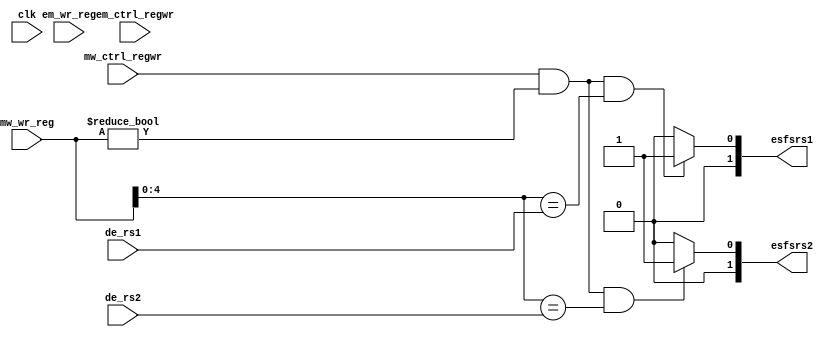
module fu(
input clk,
input em_ctrl_regwr,
input [5:0] em_wr_reg,
input mw_ctrl_regwr,
input [5:0] mw_wr_reg,
input [4:0] de_rs1,
input [4:0] de_rs2,

output [1:0] esfsrs1,
output [1:0] esfsrs2
);


reg [1:0] s1 = 2'd0;
reg [1:0] s2 = 2'd0;

always @(*)
begin
	if((em_ctrl_regwr == 1'b1) && (em_wr_reg != 6'd0) && (em_wr_reg[4:0] == de_rs1))
 		s1 <= 2'b10;
	else 
		s1 <= 2'b00;
	if((em_ctrl_regwr == 1'b1) && (em_wr_reg != 6'd0) && (em_wr_reg[4:0] == de_rs2))
 		s2 <= 2'b10;
	else 
		s2 <= 2'b00;
	if((mw_ctrl_regwr == 1'b1) && (mw_wr_reg != 6'd0) && (mw_wr_reg[4:0] == de_rs1))
 		s1 <= 2'b01;
	else 
		s1 <= 2'b00;
	if((mw_ctrl_regwr == 1'b1) && (mw_wr_reg != 6'd0) && (mw_wr_reg[4:0] == de_rs2))
 		s2 <= 2'b01;
	else 
		s2 <= 2'b00;	
end

assign esfsrs1 = s1;
assign esfsrs2 = s2;

endmodule